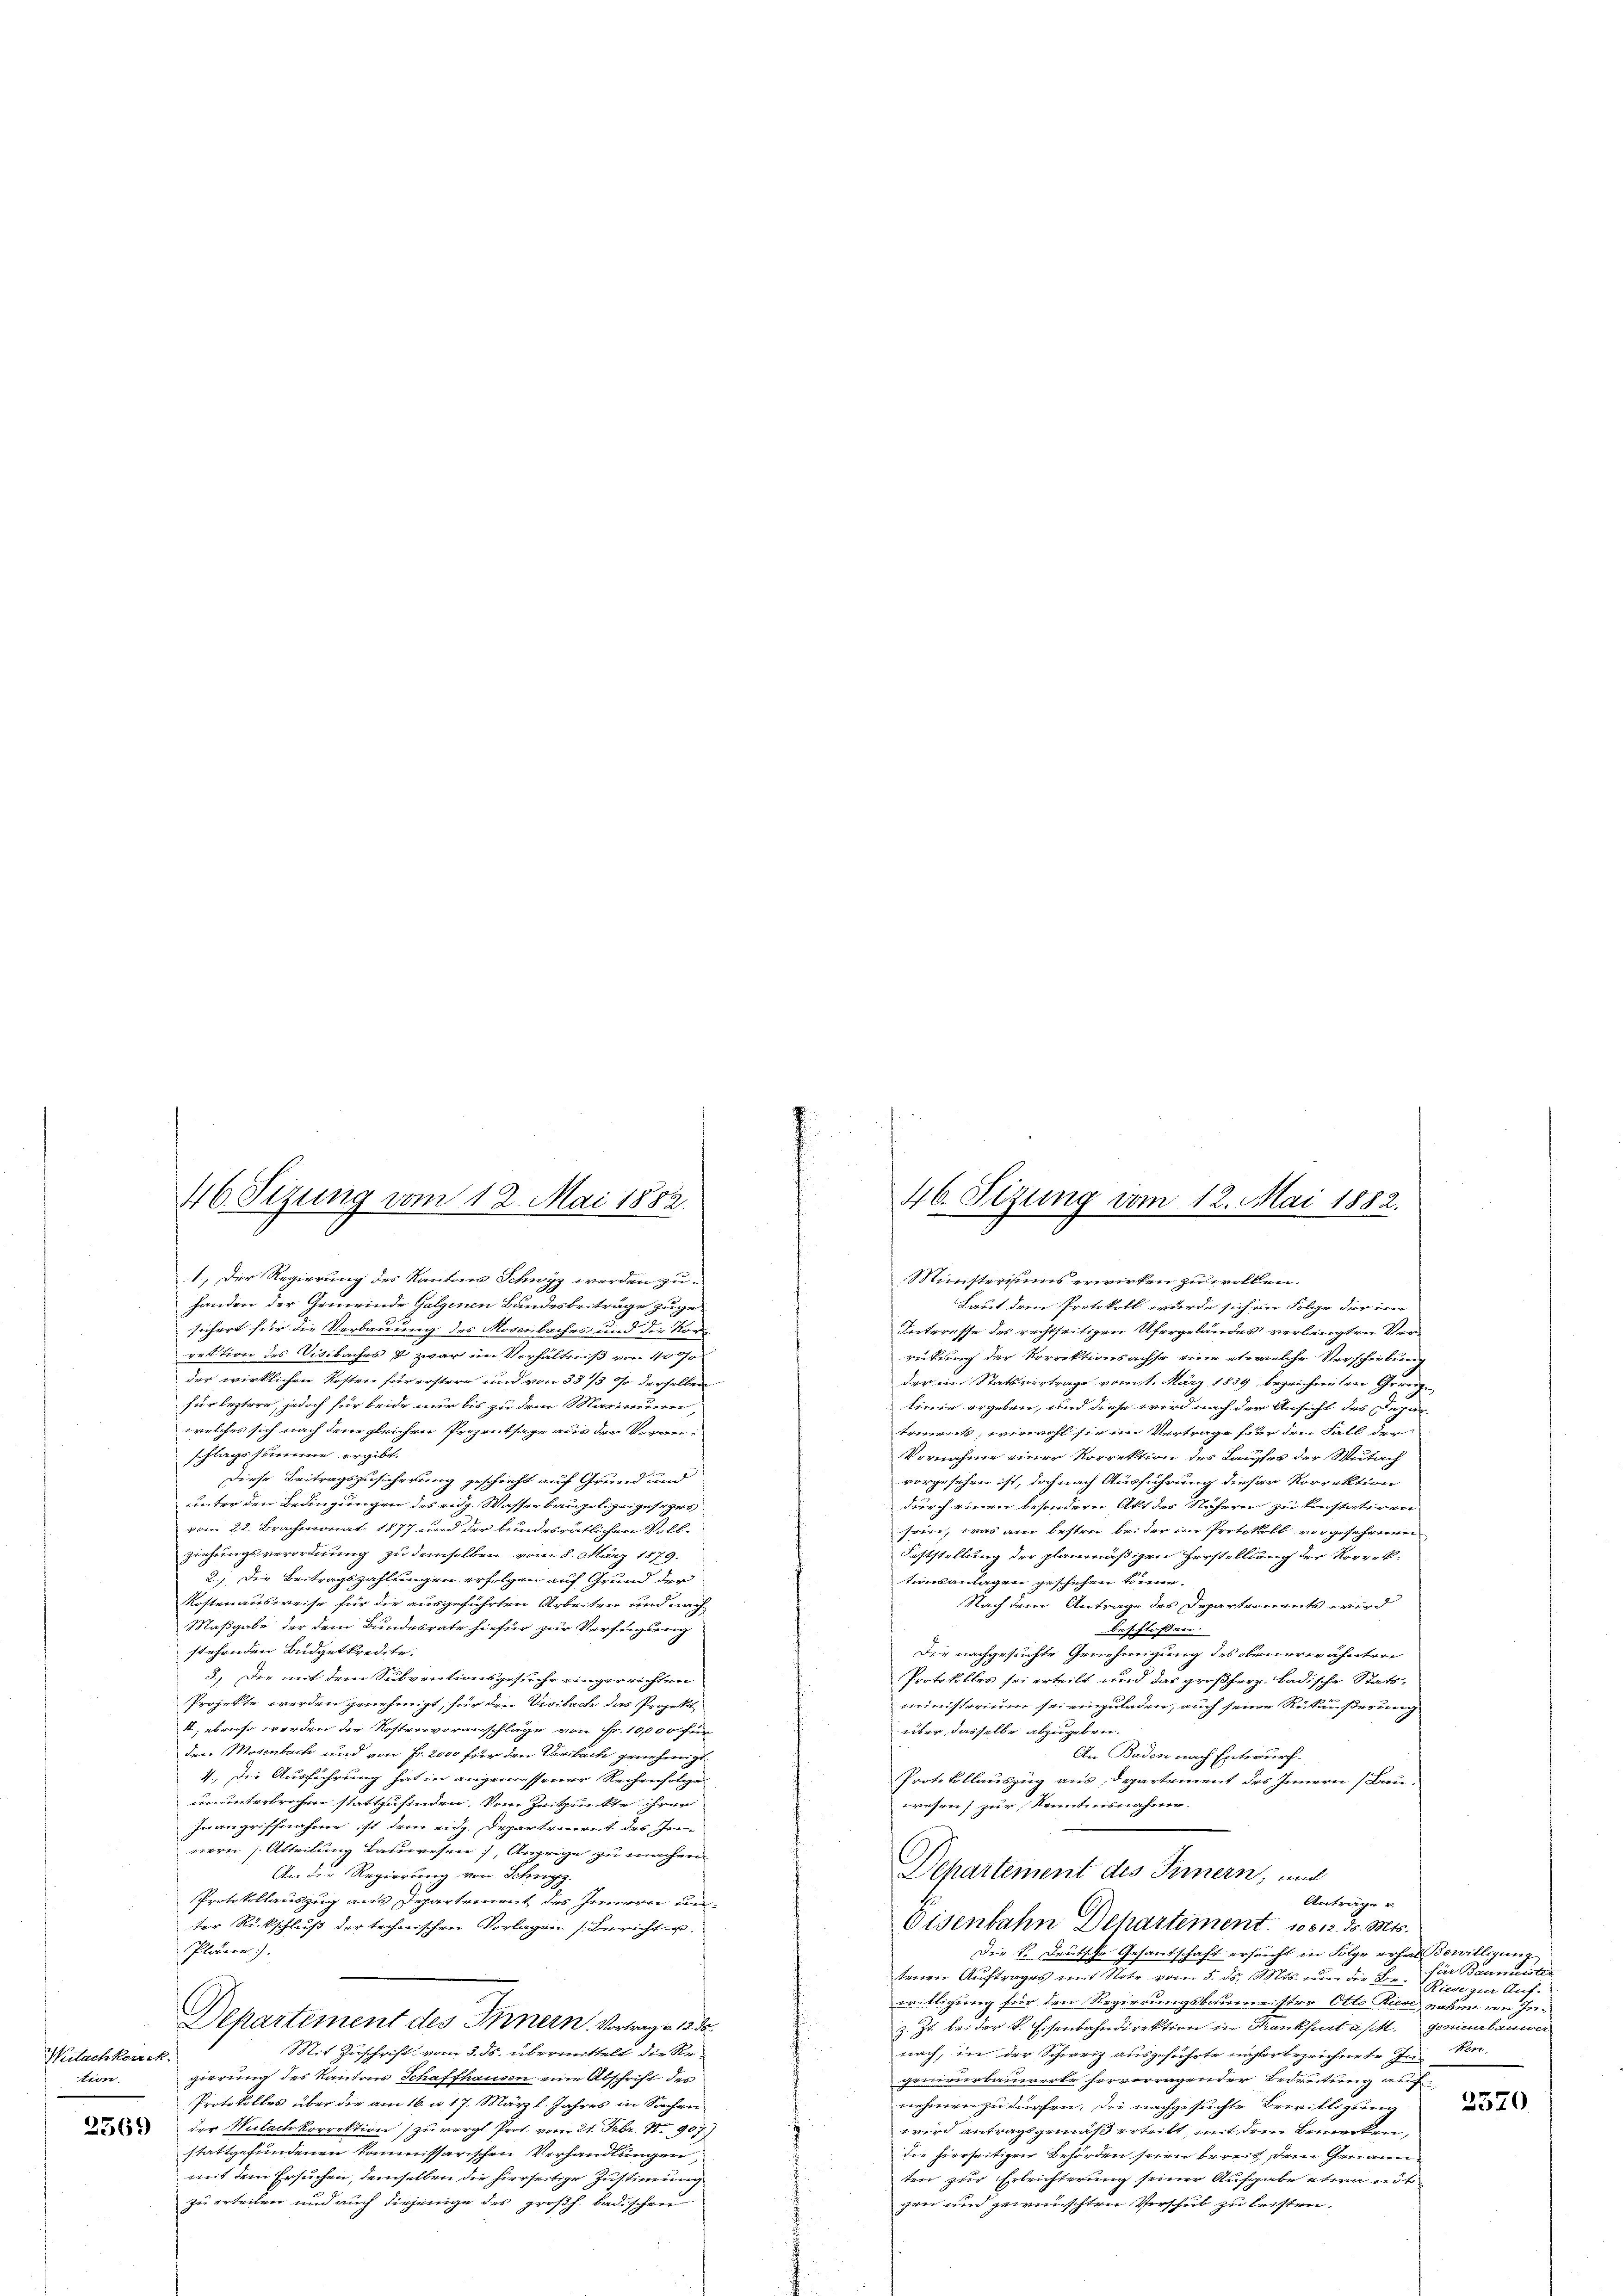
1.) Der Regierung des Kantons Schwyz werden zu-
Ministerisiums erwirken zu wollen.
handen der Gemeinde Galgenen Bundesbeiträge zuge¬
Laut dem Protokoll würde sich in Folge der im
sichert für die Verbauung des Moserbaches und der Kor¬
Interesse des rechtseitigen Ufergelandes verlangten Ver-
rektion des Visibaches & zwar im Verhältniß von 40 so
rückung der Vorrektionsachse eine etwelche Verschiebung
der wirklichen Kosten für erstere und von 35/3 so derselben
der ein Statsvertrage vom 1. März 1859 bezeichneten Grenz,
für leztere, jedoch für beide nur bis zu dem Marinum,
linie ergeben, und diese wird nach der Ansicht des Jahn
welches sich nach dem gleichen Prozentsage aus der Voran-
tement, wiewohl sie im Vertrage für den Fall der
schlagssumme ergibt.
Vornahme einer Korrektion des Laufer der Wutach
Diese Beitragszusicherung geschieht auf Grund und
vorgesehen ist, doch nach Ausführung dieser Korrektion
unter den Bedingungen des eidg. Wasserbaupolizeigespro
durch einen besondern Akt der Nähern zu einstatiren
vom 22. Brachmonat 1877 und der bundesrätlichen Voll-
sein, was ain besten beider in Protokoll vorgesehenen
ziehungsverordnung zu demselben vom 8. März 1879.
Feststellung der planmäßigen Herstellung der Korrek¬
2.) Die Beitragszahlungen erfolgen auf Grund der
tionsanlagen geschehen könne.
Kostenausweise für die ausgeführten Arbeiten und nach
Nach dem Antrage des Departements wird
Maßgabe der dem Bundesrate hiefür zur Verfügung
beschloßen:
stehenden Büdgetkredite.
Die nachgesuchte Genehmigung des obenerwähnten
3.) Die mit dem Subventionsgesuche eingerrichten
Protokolles sei erteilt und das großherz. Badische Stats-
Projekte werden genehmigt, für den Visibach das Projekt
ministerium so einzuladen, auch seine Rükäußerung
4; ebenso werden die Kostenvoranschläge von Fr. 10,000 für
über dasselbe abzugeben.
den Modenbach und von Fr. 2000 für den Visibach genehmigt
An Baden nach Entwurf.
4., Die Ausführung hat in angemessener Rechenfolge
Protokollauszug aus, Departement des Innern (Bau-
ununterbrochen stattzufinden, von Zeitpunkte ihrer
wesen zur Kenntnisnahme.
Inangriffnahme ist dem eidg. Departement des In-
nern (Abteilung Bauwesen; Anzeige zu machen.
Departement des Innern, und
An die Regierung von Schwyz.
Protokollauszug aus Departement des Innern un
Antrage v
Oisenbahn Departement 1812. d. Mts.
ter Rückschluß der technischen Vorlagen Bericht u
Plarre.
Die L. Deutsche Gesantschaft ersucht in Folge erhal Bewilligung
für Baumeister
tenen Auftrages mit Note vom 5. ds. Mts. um die Be- Riese zur Auf
willigung für den Regierungsbaumeister Otti Riese nahme von In
Hepartement des Innern. Vortrag v. 13. d.
z. Zt. bei der v. Eisenbahndirektion in Krankheit a M. geninebauwer
Mit Zuschrift vom 3. ds. übermittelt die Renach, in der Schweiz ausgeführte nachher bezeichnete Inken,
Wutachkorrek
gierung des Kantons Schaffhausen eine Abschrift des
in
gerverbauwerte servorragender Bedeutung auf
Protokolles über die am 16. u. 17. März l. Jahres in Sachen
2520
nehmen zu dürfen. Die nachgesuchte Bewilligung
  der Mutachkorrektion zu vergl. Prot. vom 21. Febr. 18. 907
wird antragsgemäß erteilt, mit dem Bemerken,
stattgefundenen kommissarischen Verhandlungen
die hierseitigen Behörden seien bereit den Genannmit dem Ersuchen, demselben die hierseitige Zustimmung
ten zur Erleichterung seiner Aufgabe etwa nöt
zu erteilen und auch diejenige des großh. badischen
gen und gewünschten Verschub zu leisten.
p

.
46. Sezung vom 12. Mai 1882.
46. Sizung vom 12. Mai 1882.